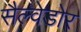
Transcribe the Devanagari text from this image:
सैल्वेडोर